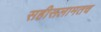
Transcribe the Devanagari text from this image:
सहीसलामतच